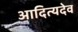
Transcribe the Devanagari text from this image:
आदित्यदेव